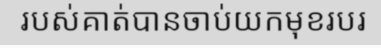
របស់គាត់បានចាប់យកមុខរបរ